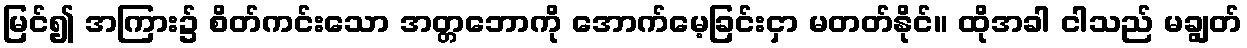
မြင်၍ အကြား၌ စိတ်ကင်းသော အတ္တဘောကို အောက်မေ့ခြင်းငှာ မတတ်နိုင်။ ထိုအခါ ငါသည် မချွတ်